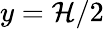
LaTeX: y=\mathcal{H}/2